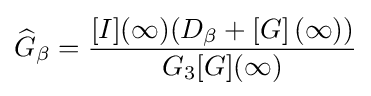
{\widehat {G}}_{\beta }={\frac {[I](\infty )({D}_{\beta }+\left[G\right](\infty ))}{{G}_{3}[G](\infty )}}